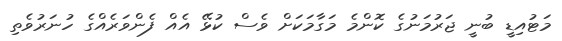
މަޓުއިޑީ ބުނީ ޖަރުމަނުގެ ކޮންމެ މަގާމަކަށް ވެސް ކުޅޭ އެއް ފެންވަރެއްގެ ހުނަރުވެތި